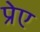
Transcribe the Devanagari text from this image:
प्रेए